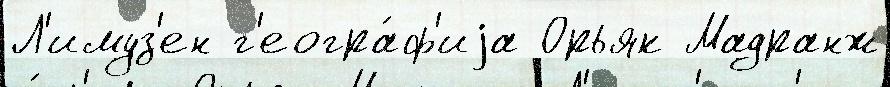
Л'имуз'ен г'еогра́ф'иjа Орьяк Мадранж